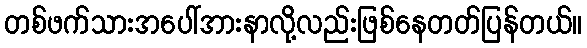
တစ်ဖက်သားအပေါ်အားနာလို့လည်းဖြစ်နေတတ်ပြန်တယ်။